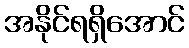
အနိုင်ရရှိအောင်